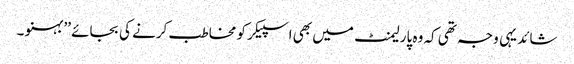
شائد یہی وجہ تھی کہ وہ پارلیمنٹ میں بھی اسپیکر کو مخاطب کرنے کی بجائے ’’ بہنو ۔